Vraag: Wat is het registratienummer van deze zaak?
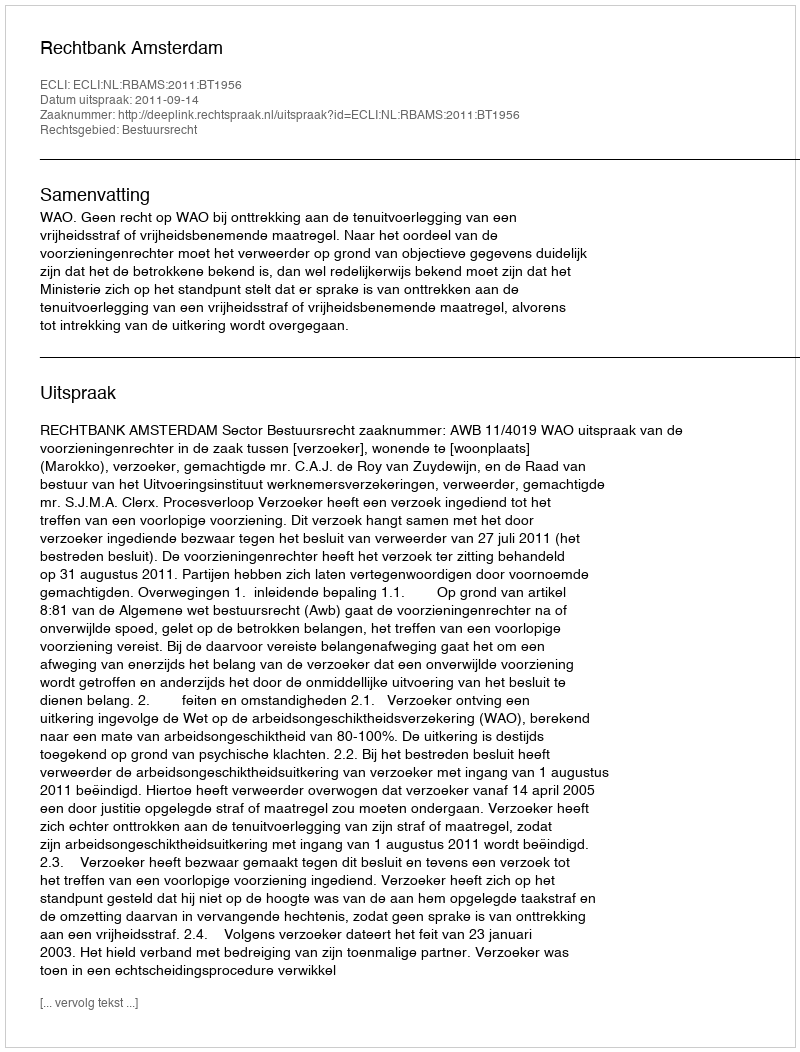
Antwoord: http://deeplink.rechtspraak.nl/uitspraak?id=ECLI:NL:RBAMS:2011:BT1956